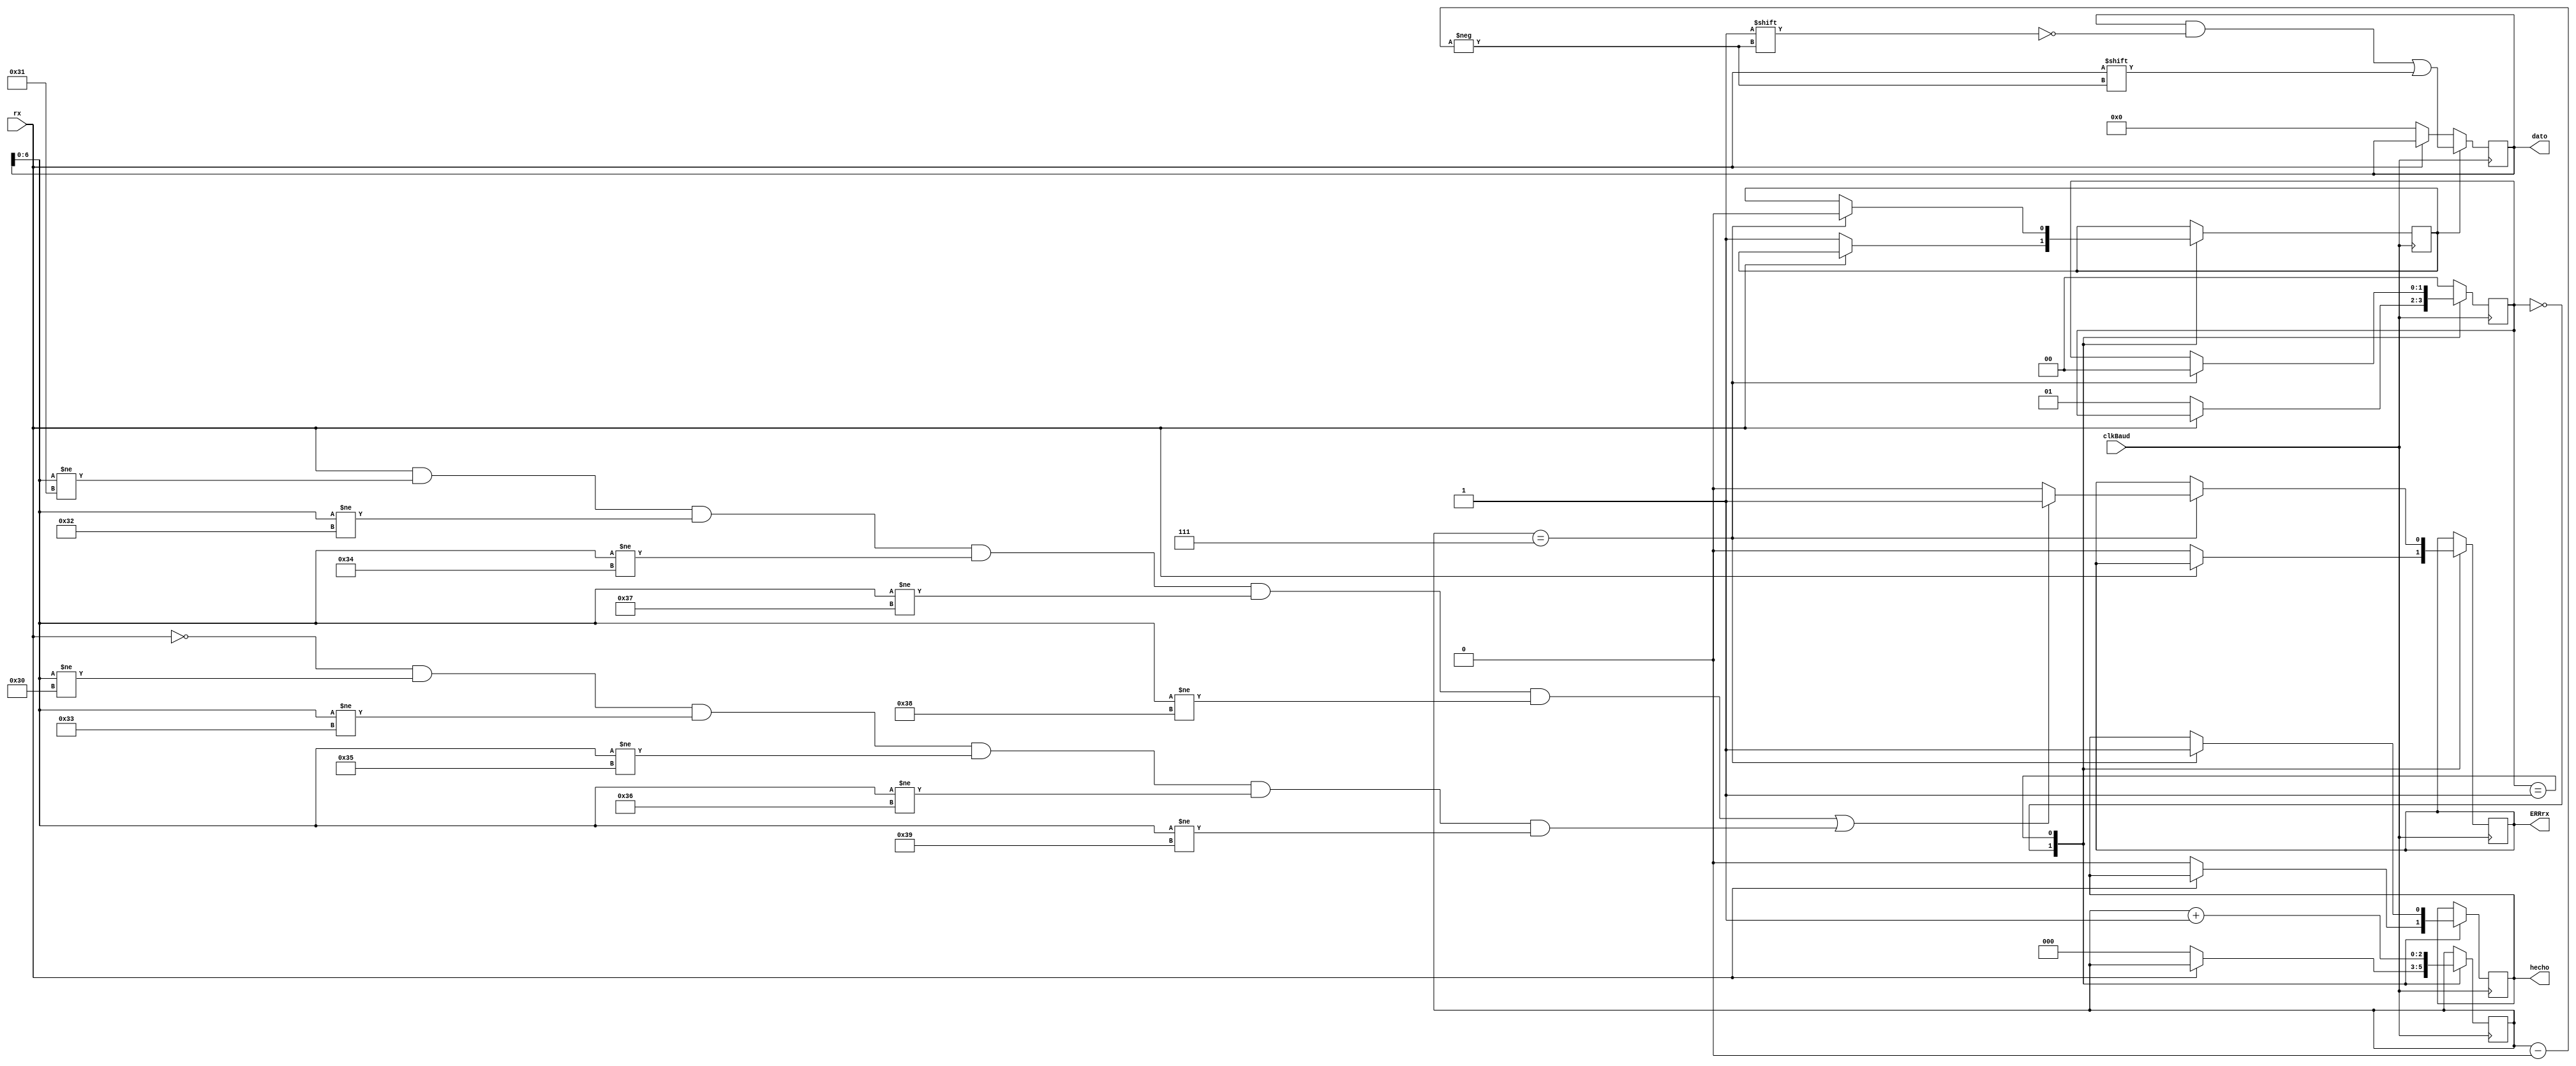
//		Caractersticas:
//		Velocidad de transmisin Baudios 115200
//		Nmero de bits 8
//		Bit de inicio 0

module UARTrx(rx, clkBaud, dato, hecho, ERRrx);
	input wire rx;								// Datos comunicacn serial
	input wire clkBaud;							// Reloj para 115200 Baudios
	output reg [7:0] dato;							// Dato ledo
	output reg hecho;							// Indica si ya se ley el dato recibido
	output reg ERRrx;							// Indica si hay algn fallo en el dato ledo (Paridad)
	
	// Estados necesarios para recibir los datos
	parameter ESPERAR = 2'b00;
	parameter RECIBIR = 2'b01;
	
	reg [1:0] estado;							// Mquina de estados
	reg recibido;								// Referencia al estado RECIBIR
	reg [2:0] bitActual;							// Contador posicin en la que se est leyendo
	
	initial begin
		estado = ESPERAR;
		recibido = 1'b0;
		bitActual = 3'd0;
		dato = 8'd0;
		hecho = 1'b0;
		ERRrx = 1'b0;
	end
	
	
	always @(posedge clkBaud) begin
		if(recibido)
			dato[bitActual] <= rx;					// Leer el bit en la posicin actual
		else if (!rx)
			dato <= 8'd0;
	end
	
	always @(posedge clkBaud) begin
		case(estado)
			ESPERAR: begin
					if (!rx) begin				// Se activa con el primer bit de la seal (cero)
						hecho <= 1'b0;
						ERRrx <= 1'b0;
						bitActual <= 3'd0;
						estado <= RECIBIR;
						recibido <= 1'b1;
					end
				end
			RECIBIR: begin
					if(bitActual == 3'd7) begin		// Si ya se leyeron todos los bits
						recibido <= 1'b0;
						ERRrx <= ((rx && 		// Nmeros que requieren que el bit de paridad sea 1
							dato[6:0] != 7'd49 && 	// 1 en ASCII
							dato[6:0] != 7'd50 && 	// 2 en ASCII
							dato[6:0] != 7'd52 && 	// 4 en ASCII
							dato[6:0] != 7'd55 &&	// 7 en ASCII
							dato[6:0] != 7'd56) || 	// 8 en ASCII
							(!rx && 		// Nmeros que requieren que el bit de paridad sea 0
							dato[6:0] != 7'd48 && 	// 0 en ASCII
							dato[6:0] != 7'd51 && 	// 3 en ASCII
							dato[6:0] != 7'd53 && 	// 5 en ASCII
							dato[6:0] != 7'd54 && 	// 6 en ASCII
							dato[6:0] != 7'd57 ))	// 9 en ASCII
							? 1'b1 : 1'b0;
						hecho <= 1'b1;
						estado <= ESPERAR;
					end
					bitActual <= bitActual + 3'b1;
				end
			default: estado <= ESPERAR;
		endcase
	end
	
endmodule